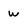
Character: w